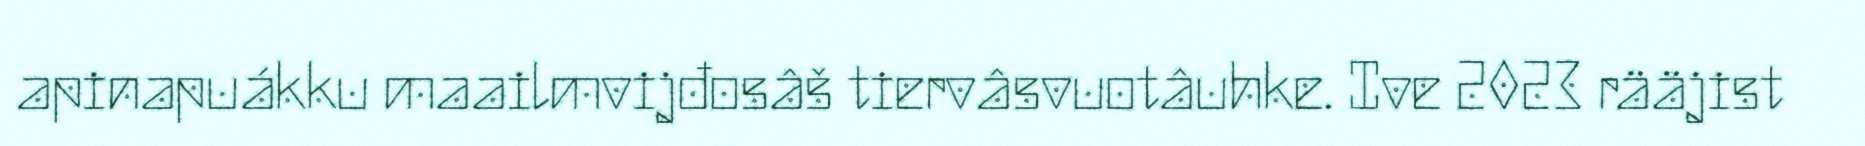
apinapuákku maailmvijđosâš tiervâsvuotâuhke. Ive 2023 rääjist